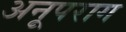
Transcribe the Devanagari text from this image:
अनूपराग